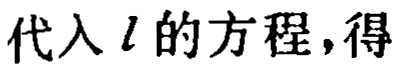
代入\(l\)的方程，得